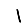
Digit: 1